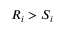
R _ { i } > S _ { i }